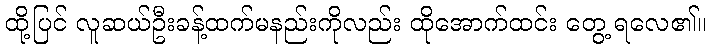
ထို့ပြင် လူဆယ်ဦးခန့်ထက်မနည်းကိုလည်း ထိုအောက်ထင်း တွေ့ ရလေ၏။